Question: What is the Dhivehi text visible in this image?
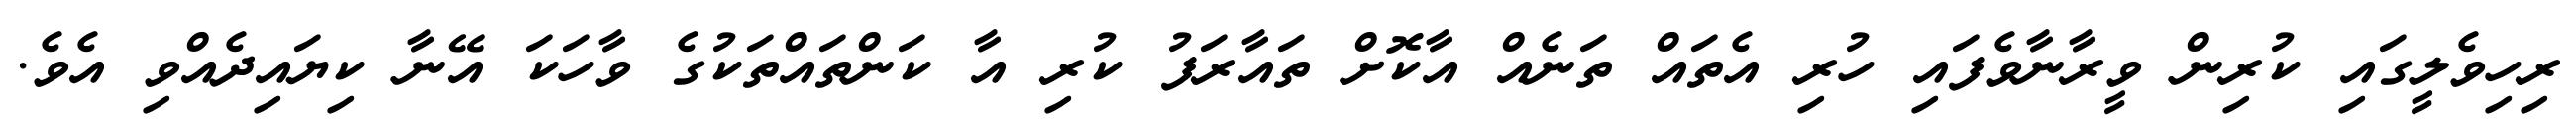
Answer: ރިހިވެލީގައި ކުރިން ވީރާނާވެފައި ހުރި އެތައް ތަނެއް އާކޮށް ތައާރަފު ކުރި އާ ކަންތައްތަކުގެ ވާހަކަ އޭނާ ކިޔައިދެއްވި އެވެ.